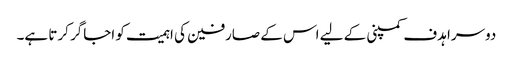
دوسرا ہدف کمپنی کے لیے اس کے صارفین کی اہمیت کو اجاگر کرتا ہے۔